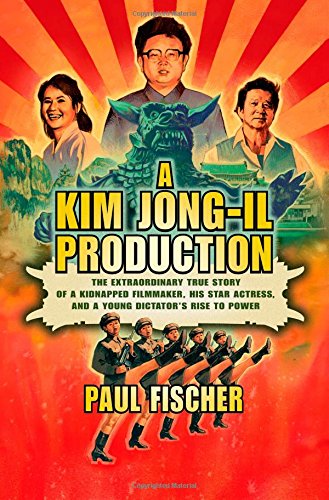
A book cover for A Kim Jong-Il Production: The Extraordinary True Story of a Kidnapped Filmmaker, His Star Actress, and a Young Dictator's Rise to Power; Paul Fischer; Humor & Entertainment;